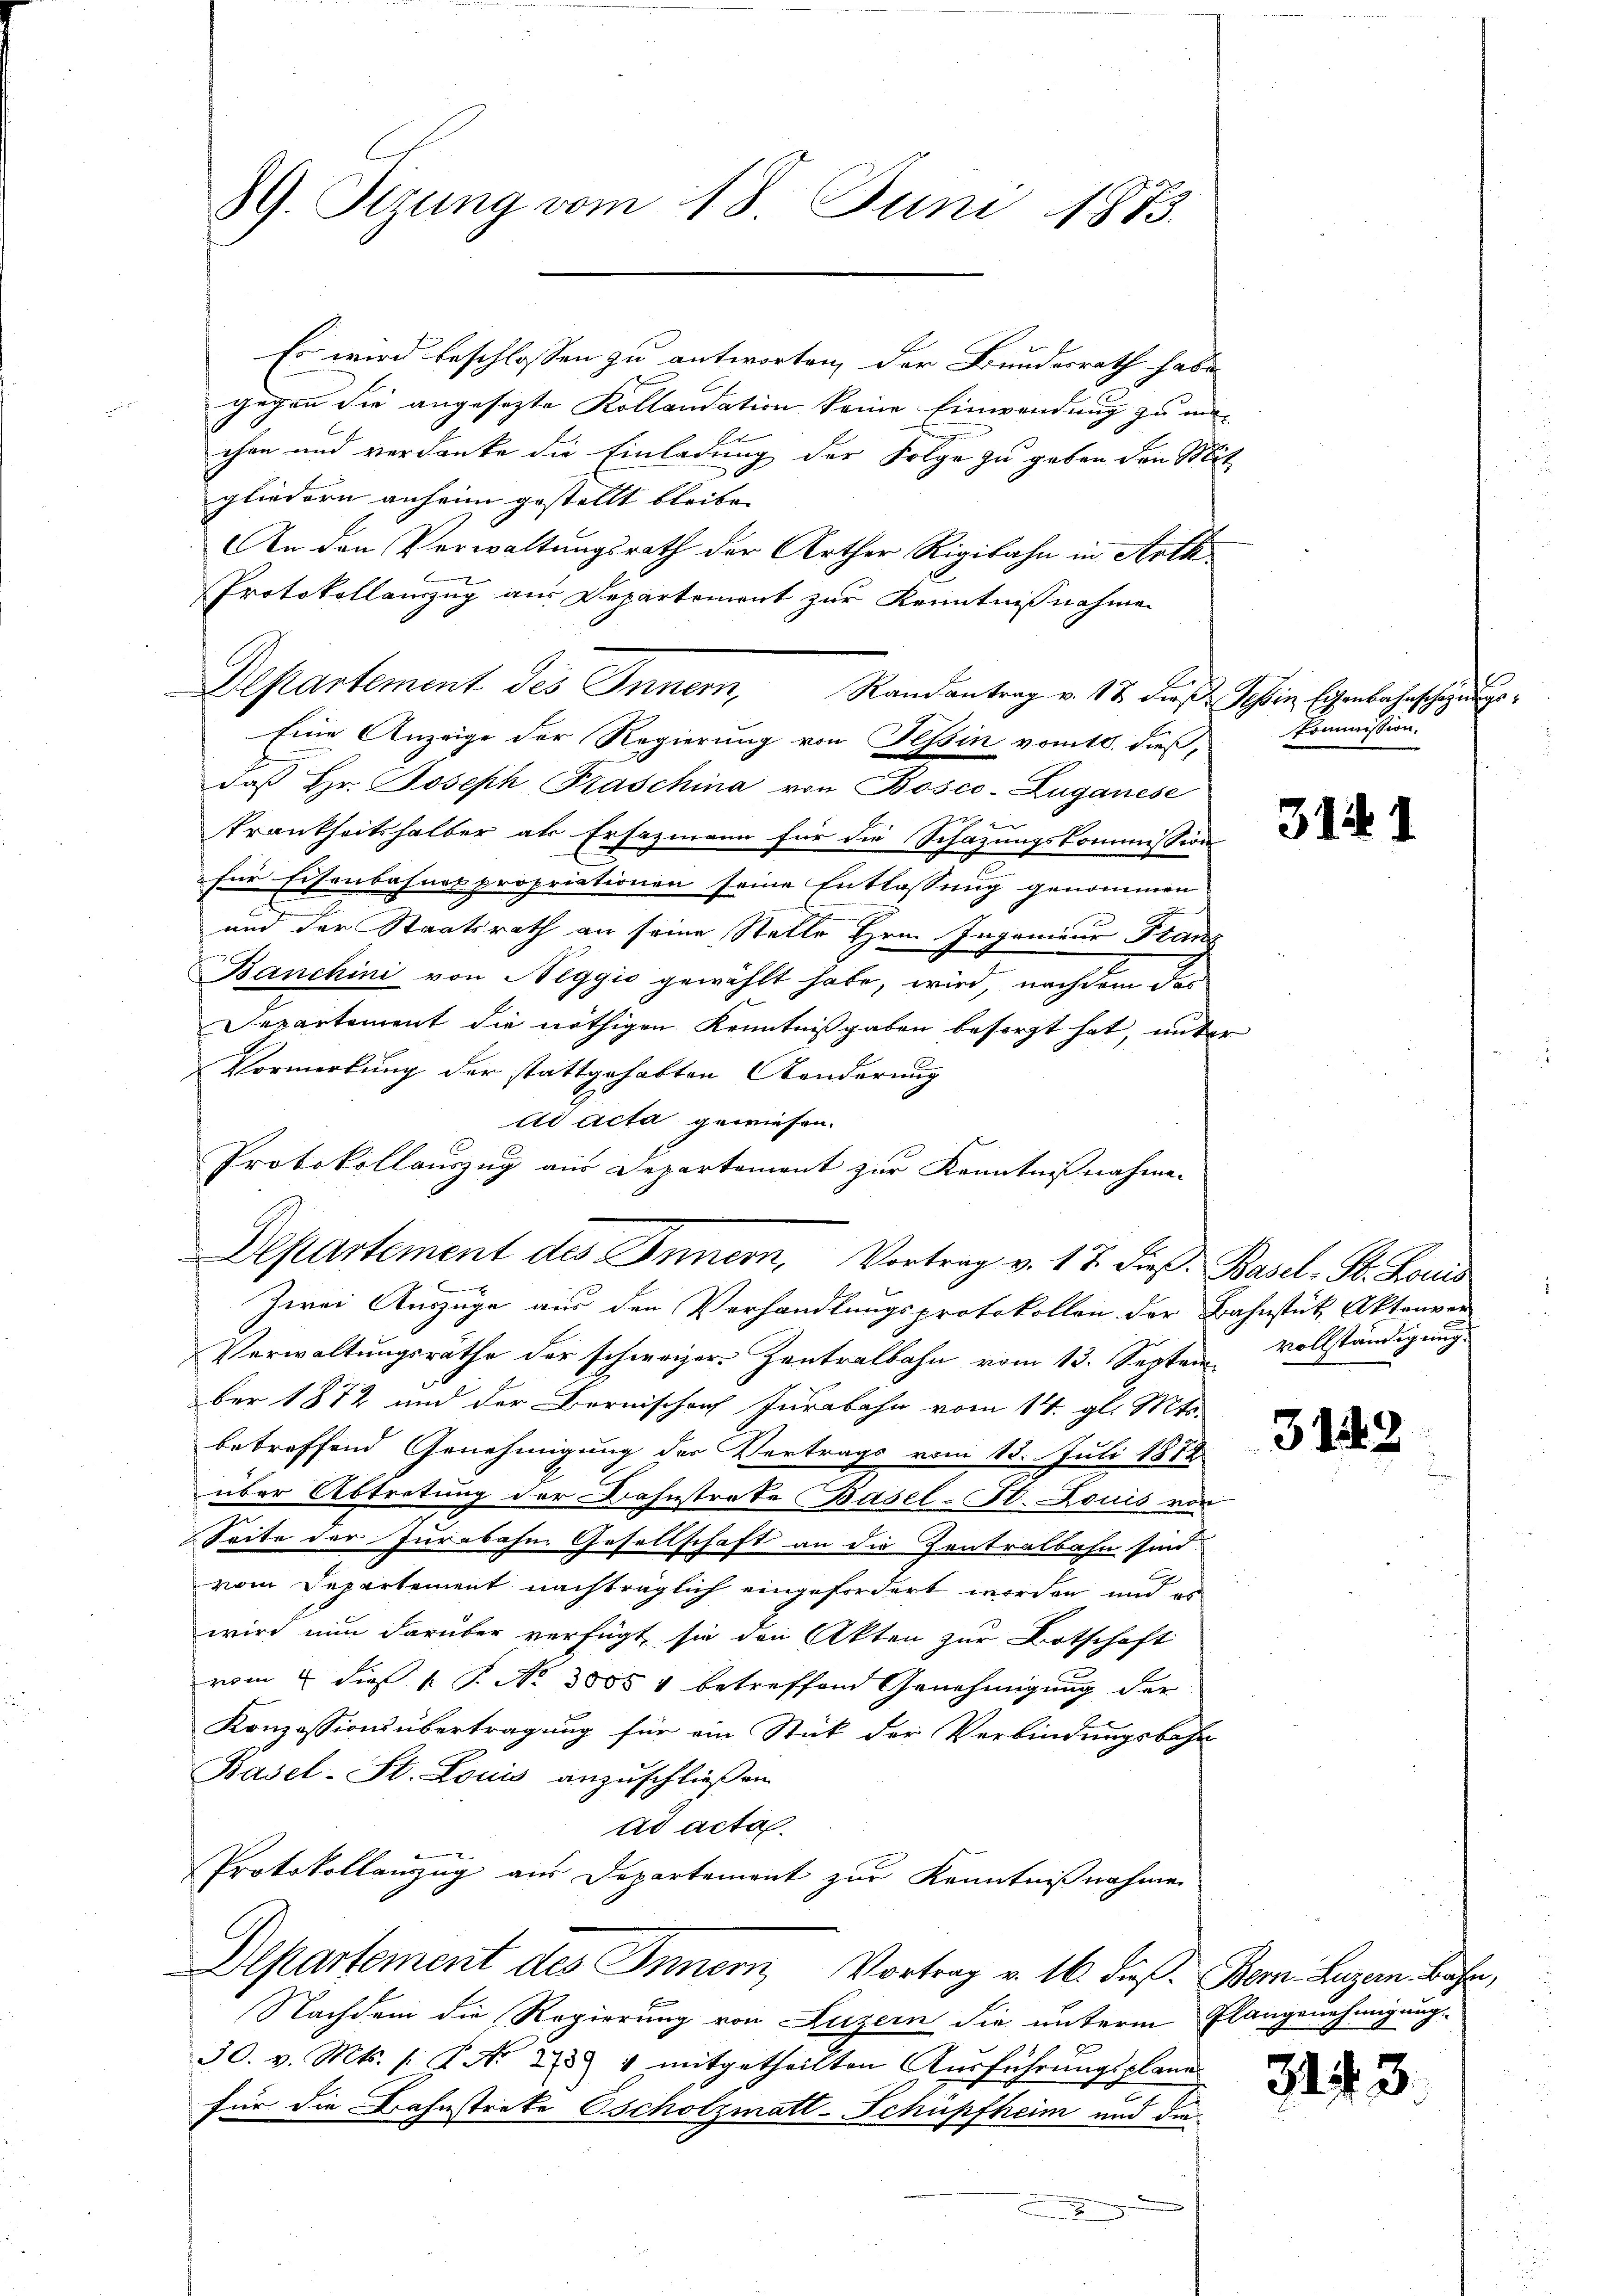
89. Sitzung vom 18. Juni 1873.

Es wird beschlossen zu antworten, der Bundesrath habe
gegen die angesezte Kollaudation keine Einwendung zu machen und verdanke die Einladung der Folge zu geben den Mi
gliedern anheim gestellt bleibe.
An den Verwaltungsrath der Arther Rigibahn in Arth
Protokollauszug aus Departement zur Kenntnisnahme
daβ hr. Joseph raschina von Bosco-Zuganese

Trankheitshalber als Ersazmann für die Schazungskommission
für Eisenbahner propriationen seine Entlassung genommen
und der Staatsrath an seine Stelle Hrn. Ingenieur Stan
Banchini von Neggio gewählt habe, wird, nachdem das
Departement die nöthigen Kenntnißgaben besorgt hat, unter
Vormerkung der stattgehabten Aenderung
ad acta gewiesen.
Protokollauszug aus Departement zur Kenntnißnahme.
Zwei Auszüge aus den Verhandlungsprotokollen der Bahnstutz, Aktenver
Verwaltungsräthe der schweizer Zentralbahn vom 13. Septem Vollständigung
ber 1872 und der Bernischen Jurabahn vom 14. gl. Mts.
betreffend Genehmigung der Vertrags vom 13. Juli 1882
über Abtretung der Bahnstrate Basel-St. Louis von
Seite der Jurabahn Gesellschaft an die Zentralbahn sind:
vom Departement nachträglich eingefordert worden und es
wird nun darüber verfügt, sie den Akten zur Botschaft
vom 7 dieß P. No 3805 4 betreffend Genehmigung der
Konzessionsübertragung für ein Stück der Verbindungsbahn
Basel-St. Louis anzuschließen.
ad acta.
Protokollanzug aus Departement zur Kenntnißnahme
Departement des Innern, Vortrag v. 16. dieß. Bern. Luzern Bühr,
Nachdem die Regierung von Luzern die unterm Plangenehmigung
30. v. Mts. f. P. N. 273 4 mitgetheilten Aŭsführŭngsplane
für die Bahnstreke scholzmatt-Schüpfheim und die

Departement des Innern, Randantrag v. 17. diese Schein Eisenbahnschausge¬
Eine Anzeige der Regierung von Tessin vom 10. dieß,

Departement des Innern, Vortrag v. 17. dieß. Basel-St. Louis

Kommission.

31

314.

34

3.